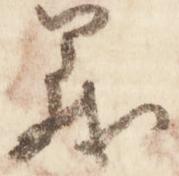
義